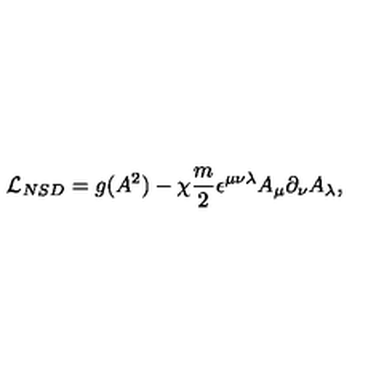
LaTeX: { \cal L } _ { N S D } = g ( A ^ { 2 } ) - \chi \frac { m } { 2 } \epsilon ^ { \mu \nu \lambda } A _ { \mu } \partial _ { \nu } A _ { \lambda } ,